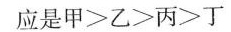
应是甲>乙>丙>丁